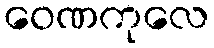
ဝေဏကုလေ